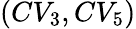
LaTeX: (CV_{3},CV_{5})